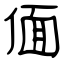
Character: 偭